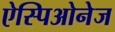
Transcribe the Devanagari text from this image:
ऐस्पिओनेज